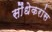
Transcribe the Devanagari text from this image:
सौंधेकरांस